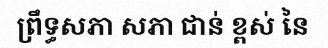
ព្រឹទ្ធសភា សភា ជាន់ ខ្ពស់ នៃ